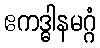
ဧကဒ္ဓါနမဂ္ဂံ